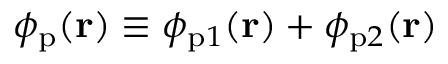
\phi _ { \mathrm { p } } ( \mathbf { r } ) \equiv \phi _ { \mathrm { p } 1 } ( \mathbf { r } ) + \phi _ { \mathrm { p } 2 } ( \mathbf { r } )